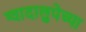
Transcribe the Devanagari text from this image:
ग्वादालुपेच्या